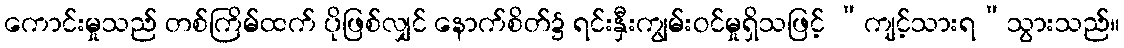
ကောင်းမှုသည် တစ်ကြိမ်ထက် ပိုဖြစ်လျှင် နောက်စိတ်၌ ရင်းနှီးကျွမ်းဝင်မှုရှိသဖြင့် “ကျင့်သားရ”သွားသည်။